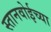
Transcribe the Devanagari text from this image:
स्तानवोईच्या